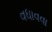
વધાવવા